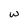
Character: w